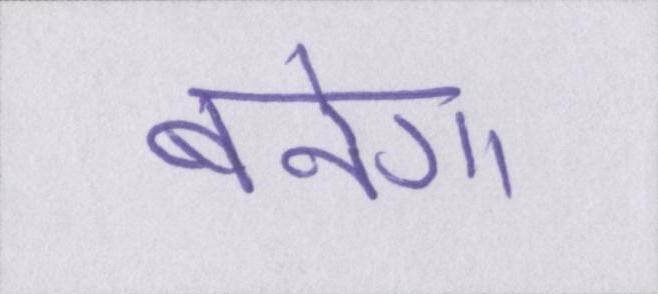
बनेगा